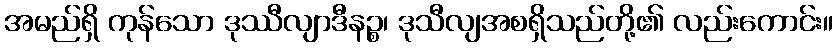
အမည်ရှိ ကုန်သော ဒုဿီလျာဒီနဉ္စ၊ ဒုသီလျအစရှိသည်တို့၏ လည်းကောင်း။